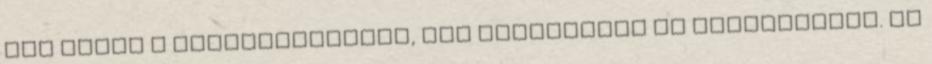
nem éppen a legfogyisabbak, meg nehezebben is emészthetők. De